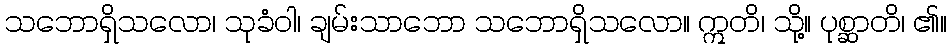
သဘောရှိသလော၊ သုခံဝါ၊ ချမ်းသာဘော သဘောရှိသလော။ ဣတိ၊ သို့။ ပုစ္ဆာတိ၊ ၏။